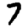
Digit: 7